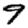
Digit: 9